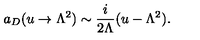
a _ { D } ( u \to \Lambda ^ { 2 } ) \sim \frac { i } { 2 \Lambda } ( u - \Lambda ^ { 2 } ) .